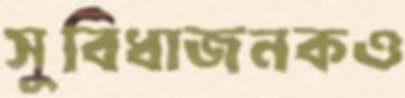
সুবিধাজনকও